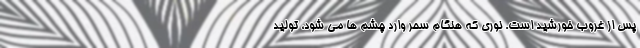
پس از غروب خورشید است. نوری که هنگام سحر وارد چشم ها می شود، تولید